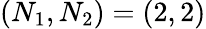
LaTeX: (N_{1},N_{2})=(2,2)